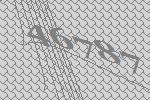
46787